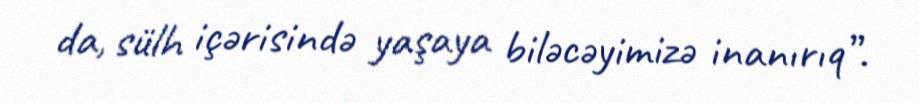
da, sülh içərisində yaşaya biləcəyimizə inanırıq”.